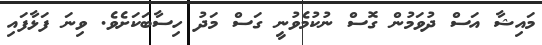
މައިޝާ އަސް ދުވަމުން ގޮސް ނުކުމެވުނީ ގަސް މަދު ހިސާބަކަށެވެ. ވިނަ ފަޅާފައި